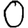
Digit: 0